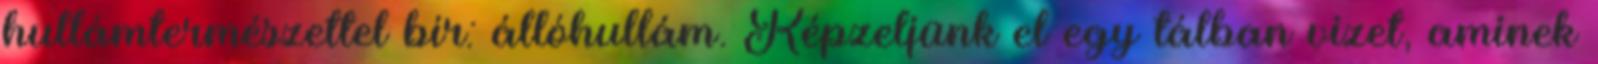
hullámtermészettel bír: állóhullám. Képzeljünk el egy tálban vizet, aminek